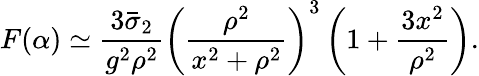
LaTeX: F(\alpha)\simeq\frac{3\bar{\sigma}_{2}}{g^{2}\rho^{2}}\left(\frac{\rho^{2}}{x^{2}+\rho^{2}}\right)^{3}\left(1+\frac{3x^{2}}{\rho^{2}}\right).